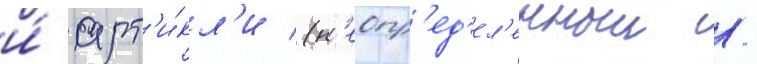
и́ арт'и́кл'и (н'еопр'ед'ел'енныи /